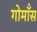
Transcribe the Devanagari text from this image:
गोमाँस